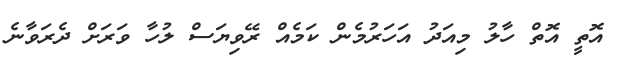
އޮތީ އޮތް ހާލު މިއަދު އަހަރުމެން ކަމެއް ރޭވިޔަސް ލުހާ ވަރަށް ދެރަވާނެ